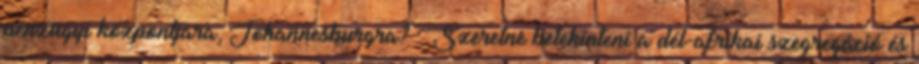
pénzügyi központjára, Johannesburgra? Szeretne betekinteni a dél-afrikai szegregáció és